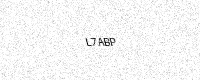
Text: L7ABP